Scottish Leaving Certificate Examination, 1952
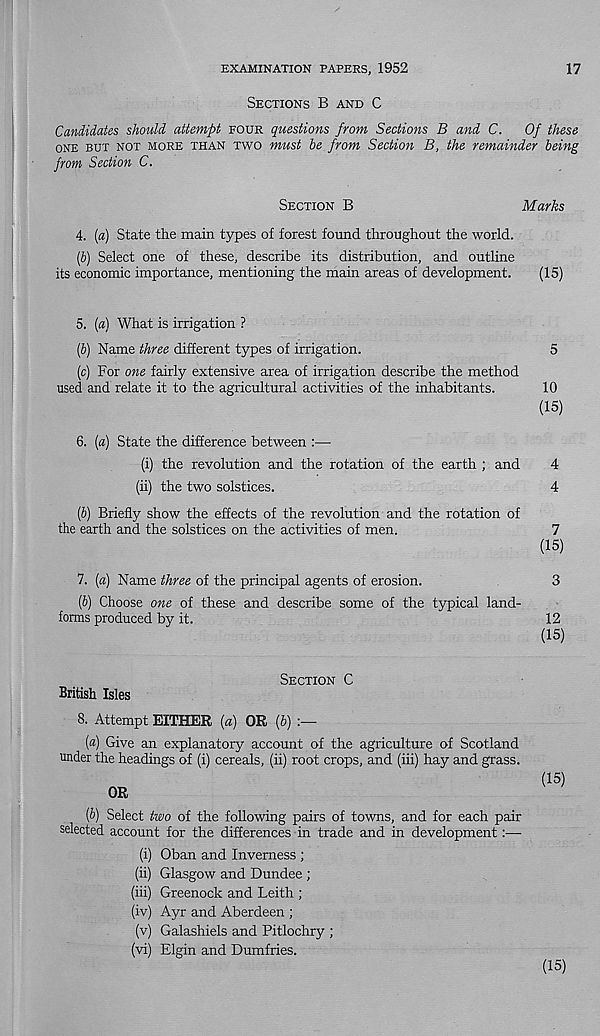
EXAMINATION PAPERS, 1952
17
SECTIONS B AND C
Candidates should attempt FOUR questions from Sections B and C.
Of these
ONE BUT NOT MORE THAN TWO must he from Section B, the remainder being
from Section C.
SECTION B
Marks
4.
[a) State the main types of forest found throughou
[b) Select one of these, describe its distribution, and outline
its economic importance, mentioning the main areas of development.
(15)
5. [a) What is irrigation ?
(6) Name three different types of irrigation.
5
(c) For one fairly extensive area of irrigation describe the method
used and relate it to the agricultural activities of the inhabitants.
10
(15)
6. (a) State the difference between :—
(i)
the revolution and
(ii)
the two solstices.
{b) Briefly show the effects of the revolution and the rotation of
the earth and the solstices on the activities of men.
7
(15)
7. (a) Name three of the principal agents of erosion.
3
(6) Choose one of these and describe some of the typical land-
forms produced by it.
12
(15)
British Isles
SECTION C
8. Attempt EITHER (a) OR (6)
[a) Give an explanatory account of the agriculture of Scotland
under the headings of (i) cereals, (ii) root crops, and (iii) hay and grass.
OR
{b) Select two of the following pairs of towns, and for each pair
selected account for the differences in trade and in development:—
(i) Oban and Inverness ;
(ii) Glasgow and Dundee ;
(iii) Greenock and Leith ;
(iv) Ayr and Aberdeen ;
(v) Galashiels and Pitlochry ;
(vi) Elgin and Dumfries.
(15)
(15)